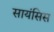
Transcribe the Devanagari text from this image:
सायंसिस